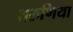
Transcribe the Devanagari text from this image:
तरुणिया